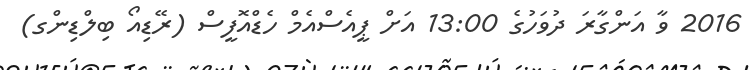
2016 ވާ އަންގާރަ ދުވަހުގެ 13:00 އަށް ޕީއެސްއެމް ހެޑްއޮފީސް (ރޭޑިއޯ ބިލްޑިންގ)